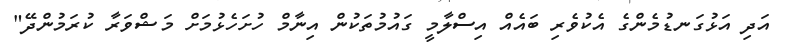
އަދި އަޅުގަނޑުމެންގެ އެކުވެރި ބައެއް އިސްލާމީ ގައުމުތަކުން އިނާމް ހުށަހެޅުމަށް މަޝްވަރާ ކުރަމުންދޭ"